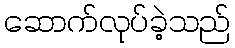
ဆောက်လုပ်ခဲ့သည်